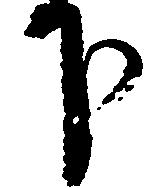
下